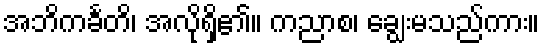
အဘိကင်္ခတိ၊ အလိုရှိ၏။ ကညာစ၊ ချွေးမသည်ကား။